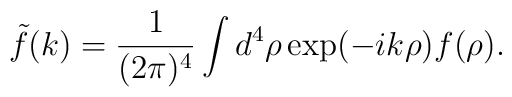
{\tilde f}(k)=\frac{1}{(2\pi)^4}\int d^4\rho\exp(-ik\rho)f(\rho).